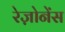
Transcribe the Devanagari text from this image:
रेज़ोनेंस